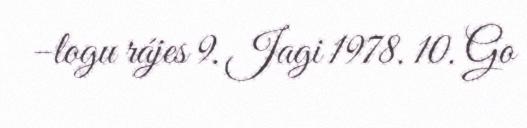
–logu rájes 9. Jagi 1978. 10. Go